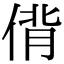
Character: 偝